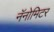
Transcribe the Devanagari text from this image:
नॅनोमिटर